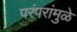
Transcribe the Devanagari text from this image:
परंपरांमुळे